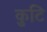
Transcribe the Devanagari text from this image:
कुटि